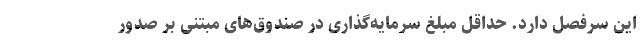
این سرفصل دارد. حداقل مبلغ سرمایه‌گذاری در صندوق‌های مبتنی بر صدور